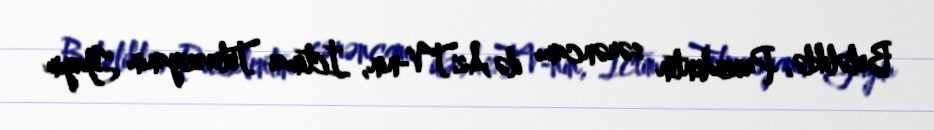
Beləliklə, Prezidentin sərəncamı ilə AzTV-nin, İctimai Televiziyanın Yayım